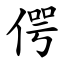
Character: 偔